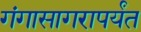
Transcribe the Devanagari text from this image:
गंगासागरापर्यंत